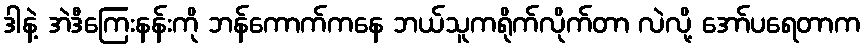
ဒါနဲ့ အဲဒီကြေးနန်းကို ဘန်ကောက်ကနေ ဘယ်သူကရိုက်လိုက်တာ လဲလို့ အော်ပရေတာက